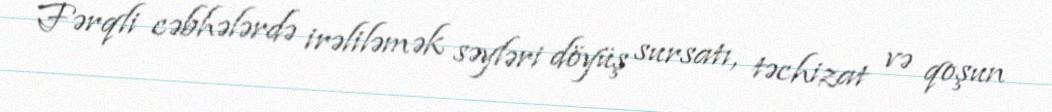
Fərqli cəbhələrdə irəliləmək səyləri döyüş sursatı, təchizat və qoşun